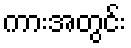
ကားအတွင်း